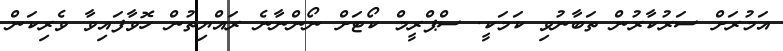
އަމުރަށް ސަރުކާރުން ތަބާނުވި ކަމަކީ. ސްޕްރީމް ކޯޓަށް ނޯންނާނެ ރައްޔިތުން ހޮވާފައިވާ ވެރިކަން